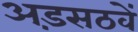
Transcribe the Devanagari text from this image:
अड़सठवें